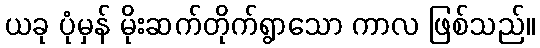
ယခု ပုံမှန် မိုးဆက်တိုက်ရွာသော ကာလ ဖြစ်သည်။